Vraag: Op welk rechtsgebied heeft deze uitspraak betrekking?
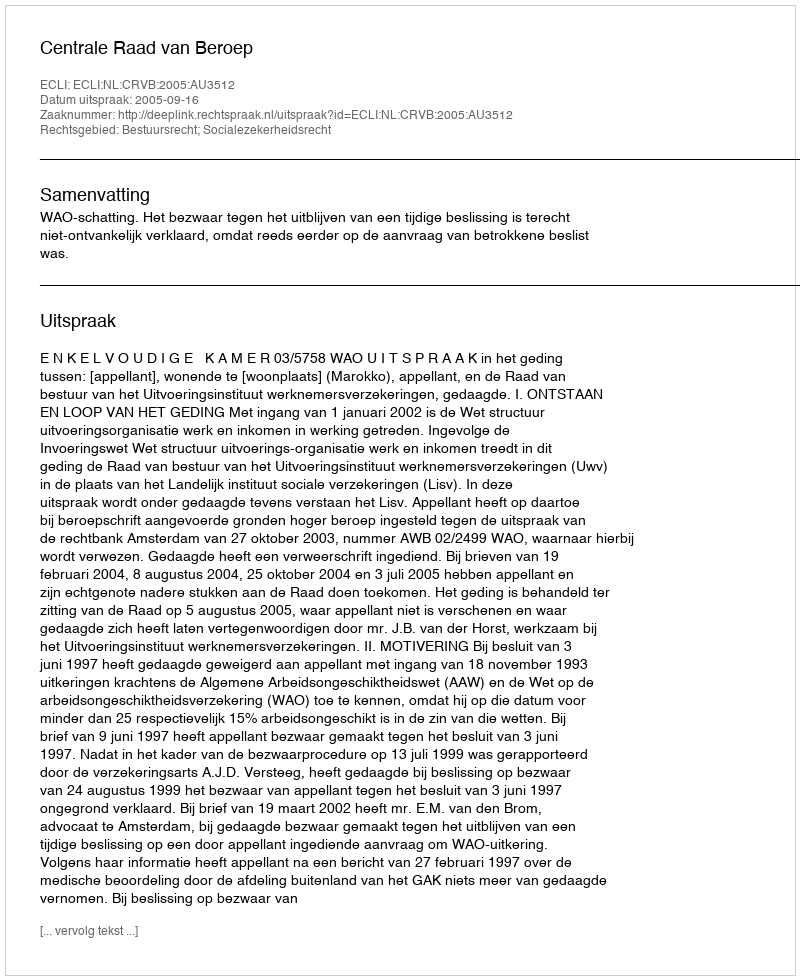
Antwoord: Bestuursrecht; Socialezekerheidsrecht